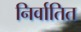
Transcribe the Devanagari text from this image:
निर्वातित